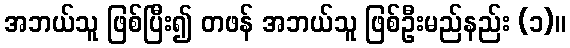
အဘယ်သူ ဖြစ်ပြီး၍ တဖန် အဘယ်သူ ဖြစ်ဦးမည်နည်း (၁)။